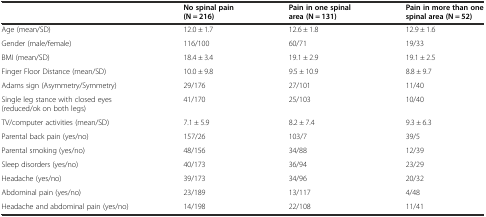
<table><thead><tr><td></td><td><b>No spinal pain (N = 216)</b></td><td><b>Pain in one spinal area (N = 131)</b></td><td><b>Pain in more than one spinal area (N = 52)</b></td></tr></thead><tbody><tr><td>Age (mean/SD)</td><td>12.0 ± 1.7</td><td>12.6 ± 1.8</td><td>12.9 ± 1.6</td></tr><tr><td>Gender (male/female)</td><td>116/100</td><td>60/71</td><td>19/33</td></tr><tr><td>BMI (mean/SD)</td><td>18.4 ± 3.4</td><td>19.1 ± 2.9</td><td>19.1 ± 2.5</td></tr><tr><td>Finger Floor Distance (mean/SD)</td><td>10.0 ± 9.8</td><td>9.5 ± 10.9</td><td>8.8 ± 9.7</td></tr><tr><td>Adams sign (Asymmetry/Symmetry)</td><td>29/176</td><td>27/101</td><td>11/40</td></tr><tr><td>Single leg stance with closed eyes (reduced/ok on both legs)</td><td>41/170</td><td>25/103</td><td>10/40</td></tr><tr><td>TV/computer activities (mean/SD)</td><td>7.1 ± 5.9</td><td>8.2 ± 7.4</td><td>9.3 ± 6.3</td></tr><tr><td>Parental back pain (yes/no)</td><td>157/26</td><td>103/7</td><td>39/5</td></tr><tr><td>Parental smoking (yes/no)</td><td>48/156</td><td>34/88</td><td>12/39</td></tr><tr><td>Sleep disorders (yes/no)</td><td>40/173</td><td>36/94</td><td>23/29</td></tr><tr><td>Headache (yes/no)</td><td>39/173</td><td>34/96</td><td>20/32</td></tr><tr><td>Abdominal pain (yes/no)</td><td>23/189</td><td>13/117</td><td>4/48</td></tr><tr><td>Headache and abdominal pain (yes/no)</td><td>14/198</td><td>22/108</td><td>11/41</td></tr></tbody></table>